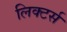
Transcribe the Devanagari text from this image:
लिक्टर्स